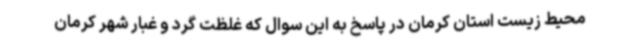
محیط زیست استان کرمان در پاسخ به این سوال که غلظت گرد و غبار شهر کرمان